Indian journal of veterinary science and animal husbandry - Volume 1,
Year: 1931
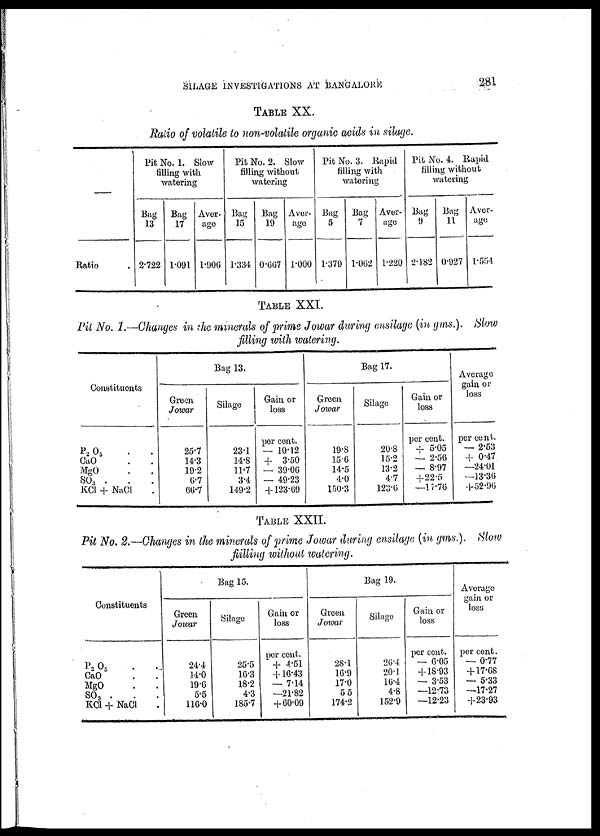
SILAGE INVESTIGATIONS AT BANGALORE
281
TABLE XX.
Ratio of volatile to non-volatile organic acids in silage.
—
Ratio
Pit No. 1. Slow
filling with
watering
Bag
13
2.722
Bag
17
1.091
Aver-
age
1.906
Pit No. 2. Slow
filling without
watering
Bag
15
1.334
Bag
19
0.667
Aver-
age
1.000
Pit No. 3. Rapid
filling with
watering
Bag
5
1.379
Bag
7
1.062
Aver-
age
1.220
Pit No. 4. Rapid
filling without
watering
Bag
9
2.182
Bag
11
0.927
Aver-
age
1.554
TABLE XXI.
Pit No. 1.—Changes in the minerals of prime Jowar during ensilage (in gms.). Slow
filling with watering.
Constituents
P 2 O 5 . .
CaO . .
MgO . .
SO 3 . . .
KCl + NaCl .
Green
Jowar
25.7
14.3
19.2
6.7
66.7
Bag 13.
Silage
23.1
14.8
11.7
3.4
149.2
Gain or
loss
per cent.
— 10.12
+
3.50
— 39.06
— 49.23
+ 123.69
Green
Jowar
19.8
15.6
14.5
4.0
150.3
Bag 17.
Silage
20.8
15.2
13.2
4.7
123.6
Gain or
loss
per cent.
+ 5.05
— 2.56
— 8.97
+ 22.5
—17.76
Average
gain or
loss
per cent.
— 2.53
+ 0.47
—24.01
—13.36
+52.96
TABLE XXII.
Pit No. 2.—Changes in the minerals of prime Jowar during ensilage (in gms.). Slow
filling without watering.
Constituents
P 2 O 5 . .
CaO . .
MgO . .
SO 3 . . .
KC1 + NaCl .
Green
Jowar
24.4
14.0
19.6
5.5
116.0
Bag 15.
Silage
25.5
16.3
18.2
4.3
185.7
Gain or
loss
per cent.
+ 4.51
+ 16.43
— 7.14
—21.82
+ 60.09
Green
Jowar
28.1
16.9
17.0
5.5
174.2
Bag 19.
Silage
26.4
20.1
16.4
4.8
152.9
Gain or
loss
per cent.
— 6.05
+ 18.93
— 3.53
—12.73
—12.23
Average
gain or
loss
per cent.
— 0.77
+ 17.68
— 5.33
—17.27
+23.93